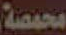
محمصة